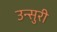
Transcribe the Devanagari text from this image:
उन्सुरी